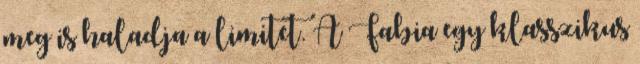
meg is haladja a limitet. A Fabia egy klasszikus